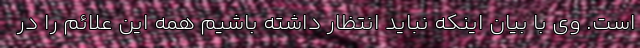
است. وی با بیان اینکه نباید انتظار داشته باشیم همه این علائم را در